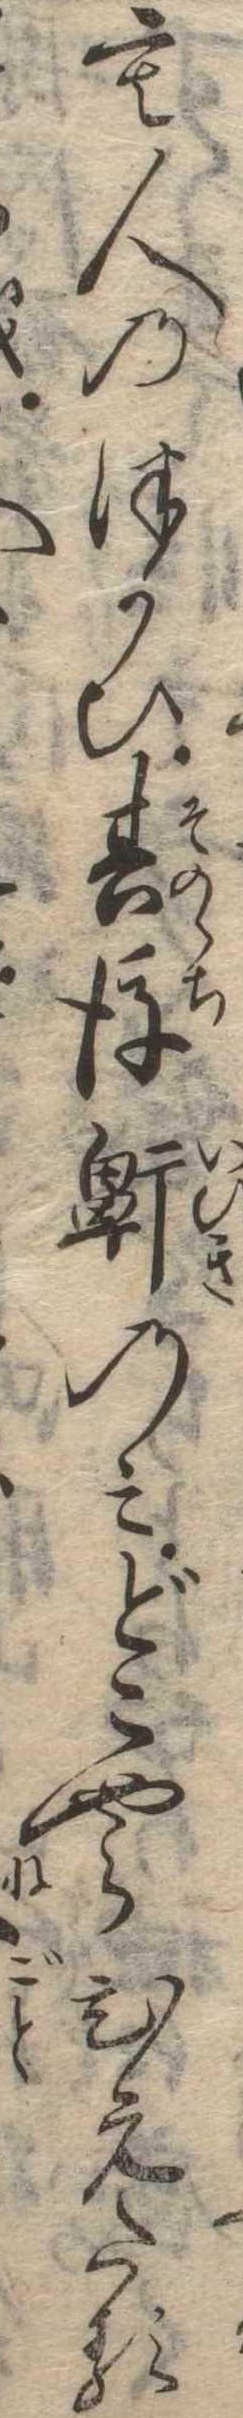
も人のつかひ其後鼾のみどこやらひえたる